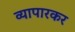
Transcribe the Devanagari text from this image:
व्यापारकर